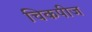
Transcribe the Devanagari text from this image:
चिकपीज